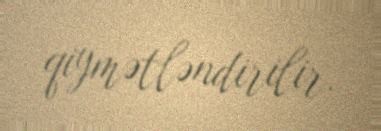
qiymətləndirilir.